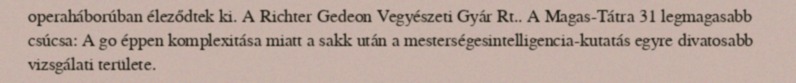
operaháborúban éleződtek ki. A Richter Gedeon Vegyészeti Gyár Rt.. A Magas-Tátra 31 legmagasabb csúcsa: A go éppen komplexitása miatt a sakk után a mesterségesintelligencia-kutatás egyre divatosabb vizsgálati területe.